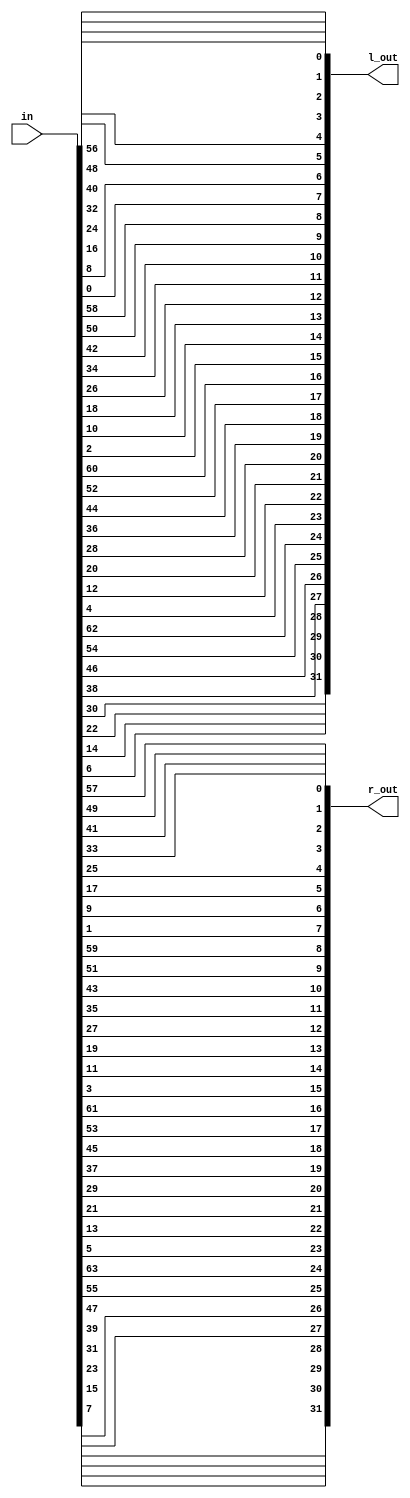
// Initial Permutation Structure
module init_perm (
input  [63:0] in,
output [31:0] l_out,
output [31:0] r_out
);
wire [63:0] out;

// Assign Left and Right Outputs
assign l_out = out[63:32];
assign r_out = out[31:0];

// Perform Permutation
  assign out[0] = in[57];
  assign out[1] = in[49];
  assign out[2] = in[41];
  assign out[3] = in[33];
  assign out[4] = in[25];
  assign out[5] = in[17];
  assign out[6] = in[9];
  assign out[7] = in[1];
  assign out[8] = in[59];
  assign out[9] = in[51];
  assign out[10] = in[43];
  assign out[11] = in[35];
  assign out[12] = in[27];
  assign out[13] = in[19];
  assign out[14] = in[11];
  assign out[15] = in[3];
  assign out[16] = in[61];
  assign out[17] = in[53];
  assign out[18] = in[45];
  assign out[19] = in[37];
  assign out[20] = in[29];
  assign out[21] = in[21];
  assign out[22] = in[13];
  assign out[23] = in[5];
  assign out[24] = in[63];
  assign out[25] = in[55];
  assign out[26] = in[47];
  assign out[27] = in[39];
  assign out[28] = in[31];
  assign out[29] = in[23];
  assign out[30] = in[15];
  assign out[31] = in[7];
  assign out[32] = in[56];
  assign out[33] = in[48];
  assign out[34] = in[40];
  assign out[35] = in[32];
  assign out[36] = in[24];
  assign out[37] = in[16];
  assign out[38] = in[8];
  assign out[39] = in[0];
  assign out[40] = in[58];
  assign out[41] = in[50];
  assign out[42] = in[42];
  assign out[43] = in[34];
  assign out[44] = in[26];
  assign out[45] = in[18];
  assign out[46] = in[10];
  assign out[47] = in[2];
  assign out[48] = in[60];
  assign out[49] = in[52];
  assign out[50] = in[44];
  assign out[51] = in[36];
  assign out[52] = in[28];
  assign out[53] = in[20];
  assign out[54] = in[12];
  assign out[55] = in[4];
  assign out[56] = in[62];
  assign out[57] = in[54];
  assign out[58] = in[46];
  assign out[59] = in[38];
  assign out[60] = in[30];
  assign out[61] = in[22];
  assign out[62] = in[14];
  assign out[63] = in[6];

endmodule